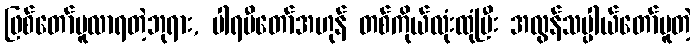
ဖြစ်တော်မူလာရတဲ့ဘုရား, ပါရမီတော်အဟုန် တစ်ကိုယ်လုံးထုံပြီး အလွန်သပ္ပါယ်တော်မူတဲ့